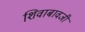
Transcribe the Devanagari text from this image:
शिवाबावजी